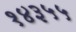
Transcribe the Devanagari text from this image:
१४३५५